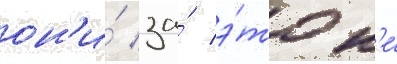
он'и́ за́ э́то н'е́